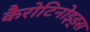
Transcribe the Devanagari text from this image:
कैरोटिनोइड्स